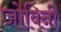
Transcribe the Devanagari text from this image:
जोविनी